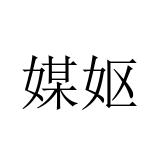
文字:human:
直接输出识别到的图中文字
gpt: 媒妪